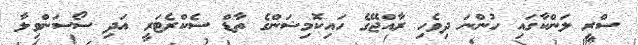
ސްރީ ލަންކާގައި ހުންނަ ދިވެހި ރާއްޖޭގެ ހައިކޮމިޝަންގެ ތާޑް ސެކްރެޓަރީ އަދި ސޯސަންވިލާ